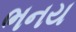
ભનય